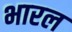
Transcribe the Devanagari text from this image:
भारल